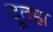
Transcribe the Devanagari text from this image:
दूतहा